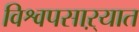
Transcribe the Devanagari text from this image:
विश्वपसाऱ्यात